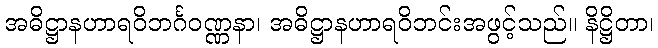
အဓိဋ္ဌာနဟာရဝိဘင်္ဂဝဏ္ဏနာ၊ အဓိဋ္ဌာနဟာရဝိဘင်းအဖွင့်သည်။ နိဋ္ဌိတာ၊